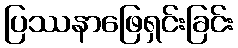
ပြဿနာဖြေရှင်းခြင်း